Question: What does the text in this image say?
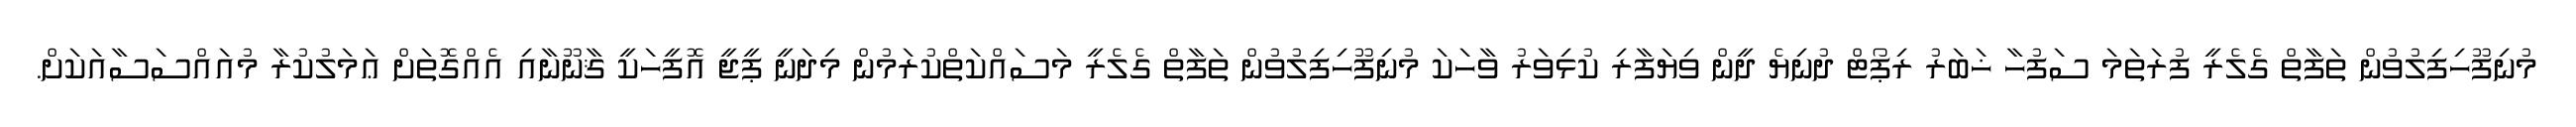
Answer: މުނިފޫހިފިލުވުން ތަފާތް ގެލެރީ ފުރަތަމަ ސަފުހާ ޚަބަރު ރިޕޯޓް ދުނިޔެ ދީން ވިޔަފާރި ކުޅިވަރު ވާހަކަ މުނިފޫހިފިލުވުން ތަފާތް ގެލެރީ މަސައްކަތްކުރަމުން މިދަނީ ޕީޖީ އޮފީހަކީ ޤާނޫނާއި އެއްގޮތަށް ޢަމަލުކުރާ މުއައްސަސާއަކަށް.